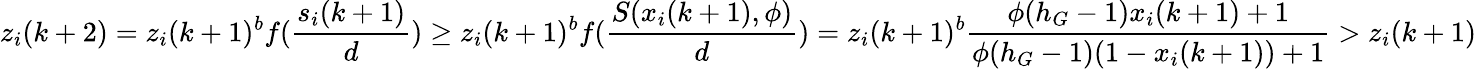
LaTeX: z_{i}(k+2)=z_{i}(k+1)^{b}f(\frac{s_{i}(k+1)}{d})\geq z_{i}(k+1)^{b}f(\frac{S(x_{i}(k+1),\phi)}{d})=z_{i}(k+1)^{b}\frac{\phi(h_{G}-1)x_{i}(k+1)+1}{\phi(h_{G}-1)(1-x_{i}(k+1))+1}>z_{i}(k+1)